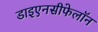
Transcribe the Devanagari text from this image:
डाइएनसीफेलॉन